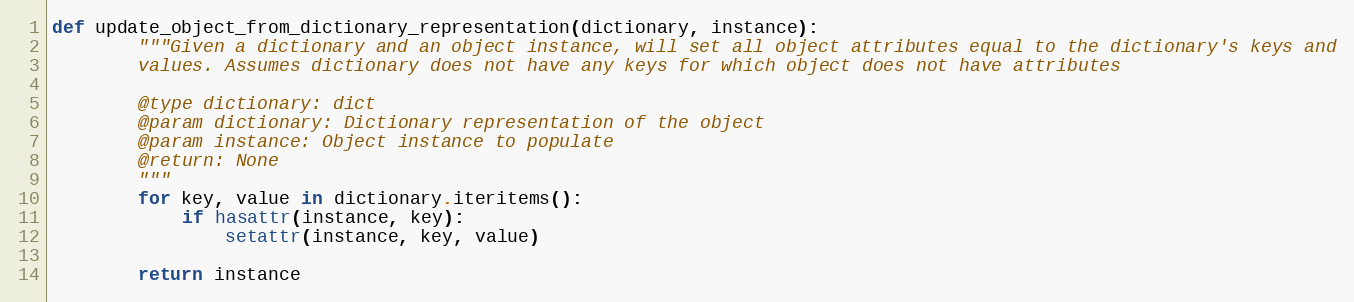
Language: Python
def update_object_from_dictionary_representation(dictionary, instance):
        """Given a dictionary and an object instance, will set all object attributes equal to the dictionary's keys and
        values. Assumes dictionary does not have any keys for which object does not have attributes

        @type dictionary: dict
        @param dictionary: Dictionary representation of the object
        @param instance: Object instance to populate
        @return: None
        """
        for key, value in dictionary.iteritems():
            if hasattr(instance, key):
                setattr(instance, key, value)

        return instance